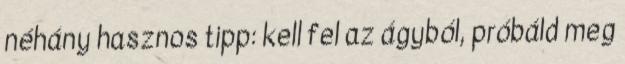
néhány hasznos tipp: kell fel az ágyból, próbáld meg